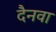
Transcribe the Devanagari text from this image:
दैनवा